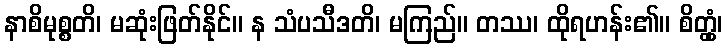
နာစိမုစ္စတိ၊ မဆုံးဖြတ်နိုင်။ န သံပသီဒတိ၊ မကြည်။ တဿ၊ ထိုရဟန်း၏။ စိတ္တှံ၊